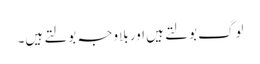
لوگ بولتے ہیں اور بلاوجہ بولتے ہیں۔